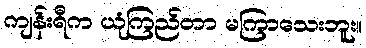
ကျန်းရီက ယုံကြည်တာ မကြာသေးဘူး။